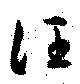
汪